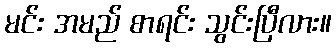
မင်း အမည် စာရင်း သွင်းပြီလား။